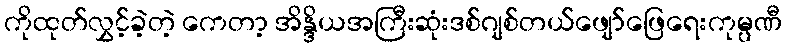
ကိုထုတ်လွှင့်ခဲ့တဲ့ ကေတာ့ အိန္ဒိယအကြီးဆုံးဒစ်ဂျစ်တယ်ဖျော်ဖြေရေးကုမ္ပဏီ